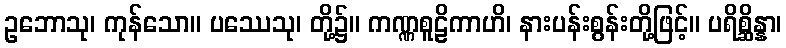
ဥဘောသု၊ ကုန်သော။ ပဿေသု၊ တို့၌။ ကဏ္ဏစူဠိကာဟိ၊ နားပန်းစွန်းတို့ဖြင့်။ ပရိစ္ဆိန္နာ၊